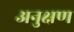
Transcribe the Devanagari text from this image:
अनुक्षण